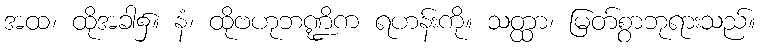
အထ၊ ထိုအခါ၌။ နံ၊ ထိုဗဟုဘဏ္ဍိက ရဟန်းကို။ သတ္ထာ၊ မြတ်စွာဘုရားသည်။